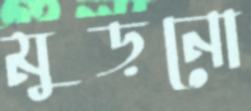
মুড়নো